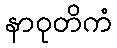
နာဝုတိကံ